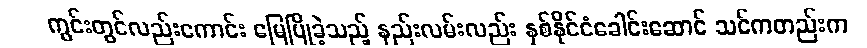
ကွင်းတွင်လည်းကောင်း မြေပြိုခဲ့သည့် နည်းလမ်းလည်း နှစ်နိုင်ငံခေါင်းဆောင် သင်ကတည်းက